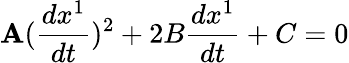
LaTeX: \mathbf{A}(\frac{{dx^{1}}}{{dt}})^{2}+2B\frac{{dx^{1}}}{{dt}}+C=0